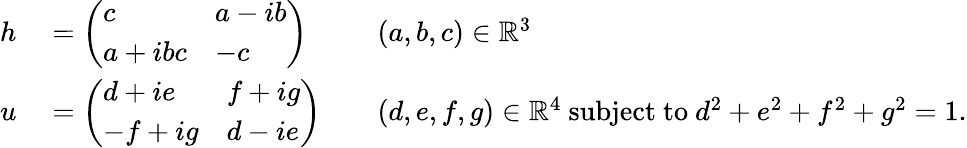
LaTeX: \begin{array}{rlrl}{h}&{{}={\left(\begin{array}{ll}{c}&{a-ib}\\ {a+ibc}&{-c}\end{array}\right)}}&{}&{{}(a,b,c)\in\mathbb{R}^{3}}\\ {u}&{{}={\left(\begin{array}{ll}{d+ie}&{f+ig}\\ {-f+ig}&{d-ie}\end{array}\right)}}&{}&{{}(d,e,f,g)\in\mathbb{R}^{4}{\mathrm{~subject~to~}}d^{2}+e^{2}+f^{2}+g^{2}=1.}\end{array}